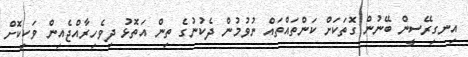
އިނގިރޭސީން ބޭނުން ގޮތަކަށް ކަންތައްތައް ނުވުމުން ދެކުނުގެ ތިން އަތޮޅު ދިވެހިރާއްޖެއިން ވަކިކޮށް